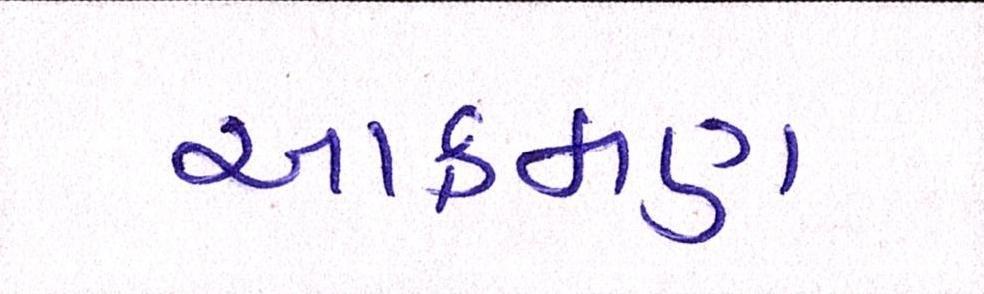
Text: આક્રમણ